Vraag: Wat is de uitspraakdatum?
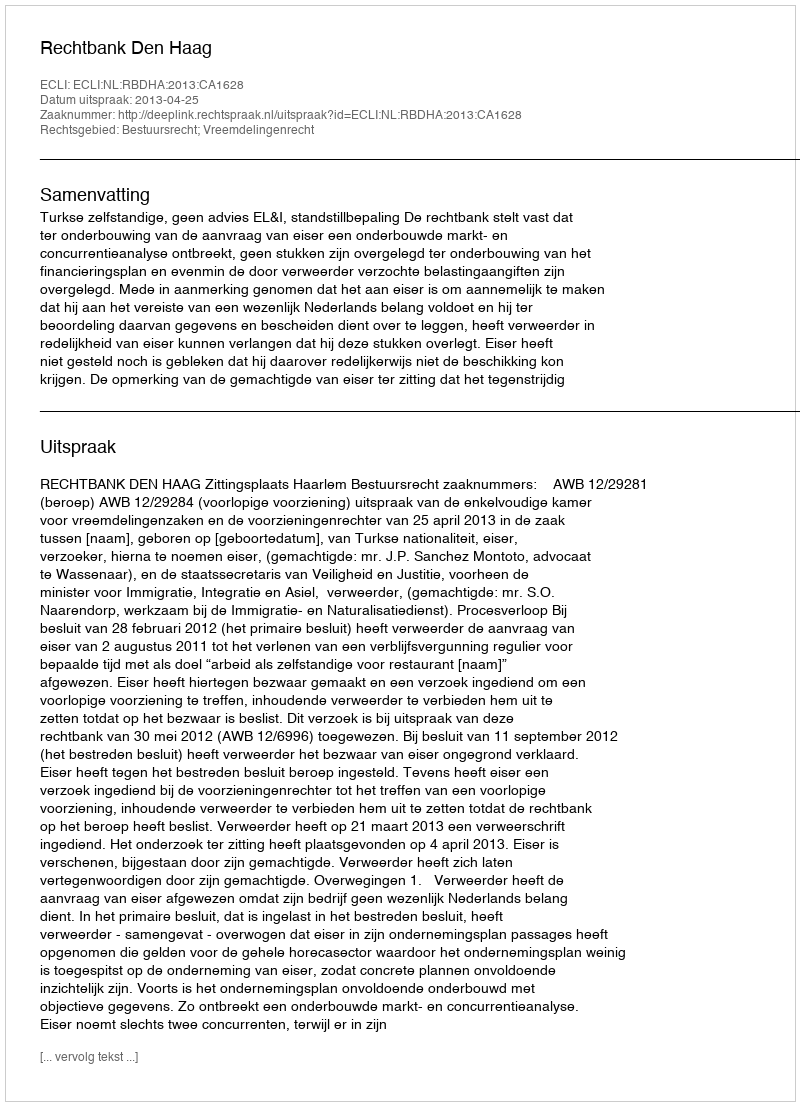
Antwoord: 2013-04-25